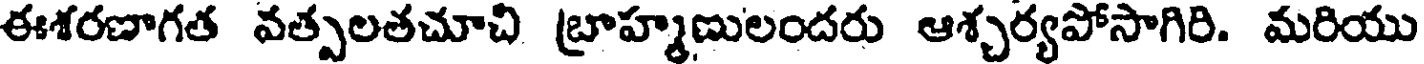
ఈశరణాగత వత్సలతచూచి బ్రాహ్మణులందరు ఆశ్చర్యపోసాగిరి. మరియు